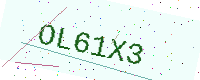
Text: OL61X3